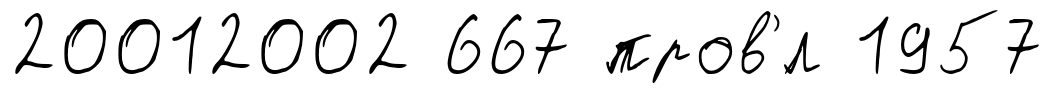
20012002 667 пров'́л 1957